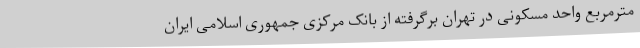
مترمربع واحد مسکونی در تهران برگرفته از بانک مرکزی جمهوری اسلامی ایران